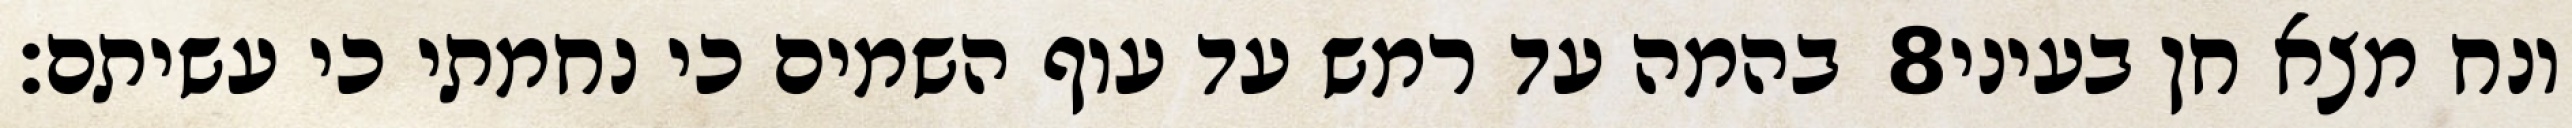
בהמה עד רמש עד עוף השמים כי נחמתי כי עשיתם׃ ‎8‏ ונח מצא חן בעיני